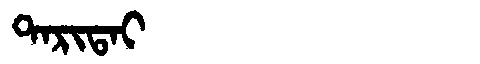
Manchu: ᡨᠠᡵᡳᡨᠠᡳ
Romanization: TARITAI